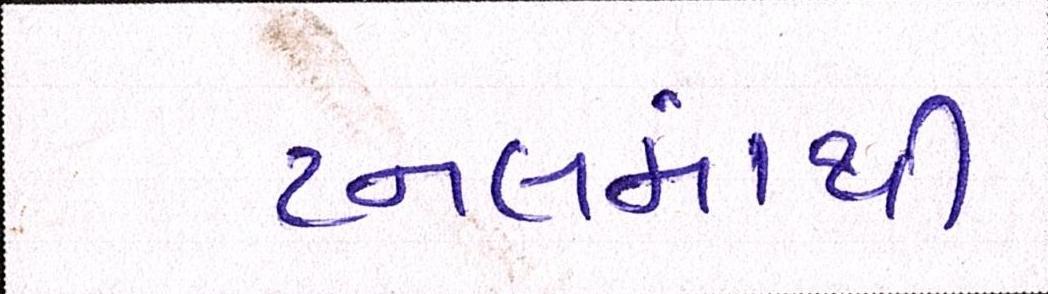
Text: ટનલમાંથી